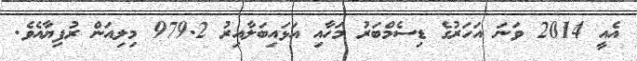
އެއީ 2014 ވަނަ އަހަރުގެ ޑިސެމްބަރު މަހާއި އަޅައިބަލާއިރު 979.2 މިލިއަން ރުފިޔާއެވެ.